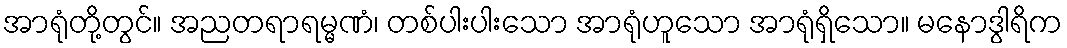
အာရုံတို့တွင်။ အညတရာရမ္မဏံ၊ တစ်ပါးပါးသော အာရုံဟူသော အာရုံရှိသော။ မနောဒွါရိက